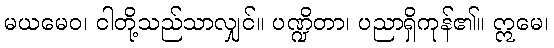
မယမေဝ၊ ငါတို့သည်သာလျှင်။ ပဏ္ဍိတာ၊ ပညာရှိကုန်၏။ ဣမေ၊